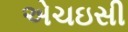
એચઇસી